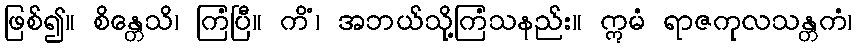
ဖြစ်၍။ စိန္တေသိ၊ ကြံပြီ။ ကိံ၊ အဘယ်သို့ကြံသနည်း။ ဣမံ ရာဇကုလသန္တကံ၊